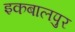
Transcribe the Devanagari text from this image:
इकबालपुर